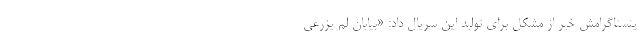
ینستاگرامش خبر از مشکل برای تولید این سریال داد: «بیابان لم یزرعی